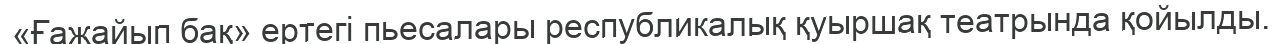
«Ғажайып бақ» ертегі пьесалары республикалық қуыршақ театрында қойылды.